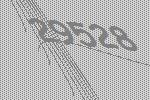
29528